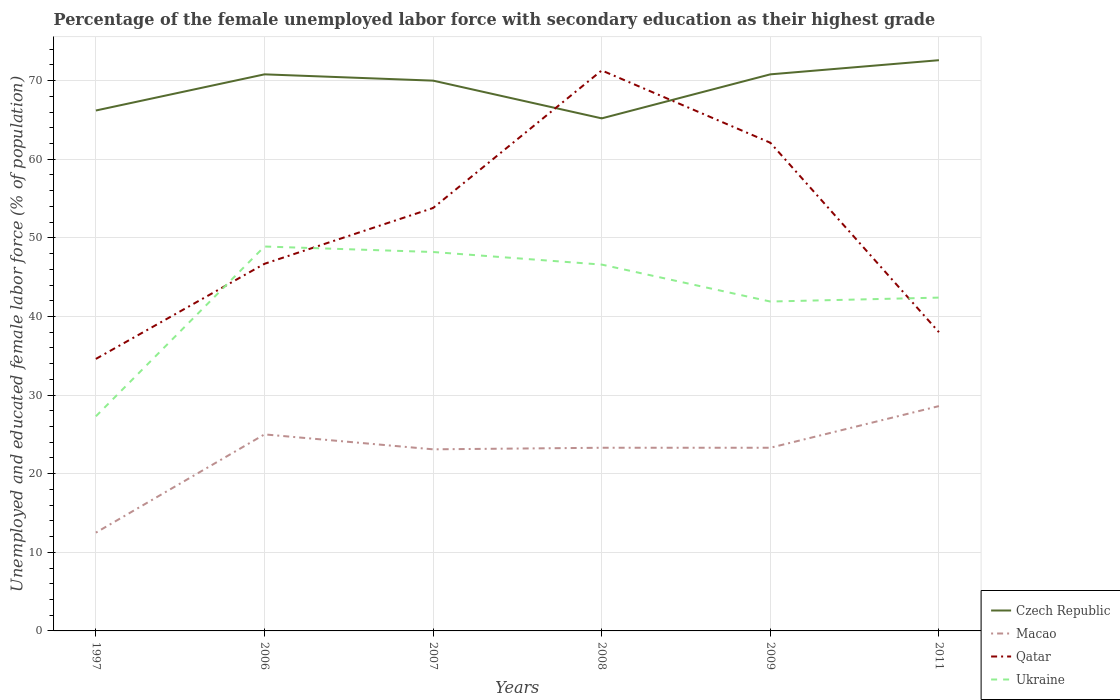
| Years | Czech Republic | Macao | Qatar | Ukraine |
 | --- | --- | --- | --- | --- |
 | 1997 | 66.2 | 12.5 | 34.6 | 27.3 |
 | 2006 | 70.8 | 25 | 46.7 | 48.9 |
 | 2007 | 70 | 23.1 | 53.8 | 48.2 |
 | 2008 | 65.2 | 23.3 | 71.3 | 46.6 |
 | 2009 | 70.8 | 23.3 | 62.1 | 41.9 |
 | 2011 | 72.6 | 28.6 | 38 | 42.4 |